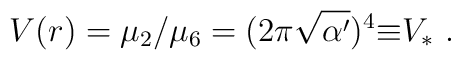
V(r)=\mu_2/\mu_6=(2\pi\sqrt{\alpha^\prime})^4{\equiv}V_*\ .